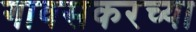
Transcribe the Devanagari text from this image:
गावसकरच्या